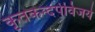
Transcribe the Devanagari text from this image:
कृतकन्दर्पविजये